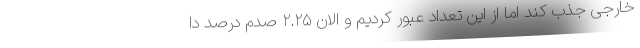
خارجی جذب کند اما از این تعداد عبور کردیم و الان ۲.۲۵ صدم درصد دا